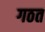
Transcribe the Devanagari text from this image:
गठत